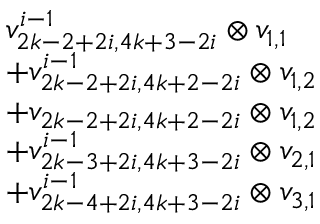
\begin{array} { r l } & { v _ { 2 k - 2 + 2 i , 4 k + 3 - 2 i } ^ { i - 1 } \otimes v _ { 1 , 1 } } \\ & { + v _ { 2 k - 2 + 2 i , 4 k + 2 - 2 i } ^ { i - 1 } \otimes v _ { 1 , 2 } } \\ & { + v _ { 2 k - 2 + 2 i , 4 k + 2 - 2 i } \otimes v _ { 1 , 2 } } \\ & { + v _ { 2 k - 3 + 2 i , 4 k + 3 - 2 i } ^ { i - 1 } \otimes v _ { 2 , 1 } } \\ & { + v _ { 2 k - 4 + 2 i , 4 k + 3 - 2 i } ^ { i - 1 } \otimes v _ { 3 , 1 } } \end{array}